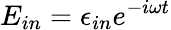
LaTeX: E_{in}=\epsilon_{in}e^{-i\omega t}